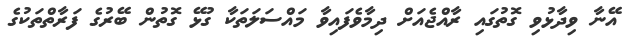
އޭނާ ވިދާޅުވި ގޮތުގައި ރާއްޖެއަށް ދިމާވެފައިވާ މައްސަލަތަކާ ގުޅޭ ގޮތުން ބޭރުގެ ފަރާތްތަކުގެ